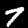
Label: 7